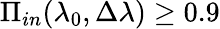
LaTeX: \Pi_{in}(\lambda_{0},\Delta\lambda)\geq 0.9